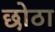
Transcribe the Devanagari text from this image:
छोठा